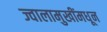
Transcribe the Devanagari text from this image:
ज्वालामुखींमधून